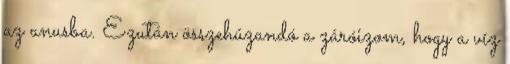
az anusba. Ezután összehúzandó a záróizom, hogy a víz